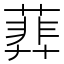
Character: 𦻥